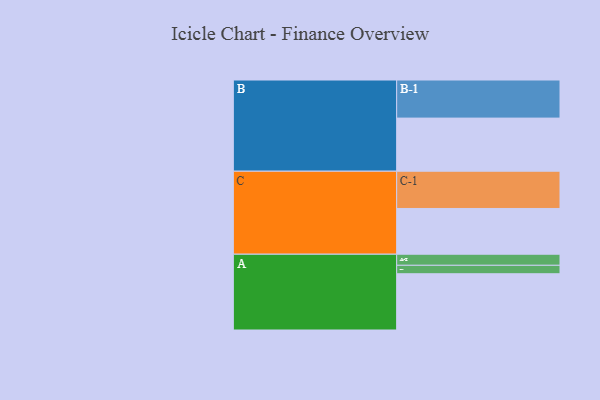
{"axis": {"x": "Segment", "y": "Value"}, "legend": ["", "A", "B", "C"], "data": [{"x": "A", "y": 412, "type": ""}, {"x": "B", "y": 389, "type": ""}, {"x": "C", "y": 335, "type": ""}, {"x": "A-1", "y": 62, "type": "A"}, {"x": "A-2", "y": 81, "type": "A"}, {"x": "B-1", "y": 279, "type": "B"}, {"x": "C-1", "y": 273, "type": "C"}]}